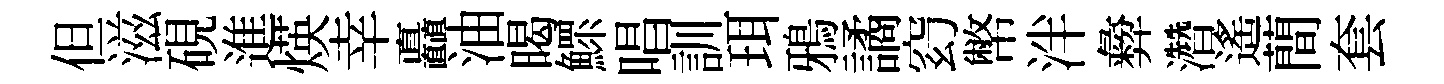
但滋硯進煐幸矗油暍鰥唱訓珥鴉譎𥥆幣泮彜濳遙蕳套